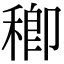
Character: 𥠈